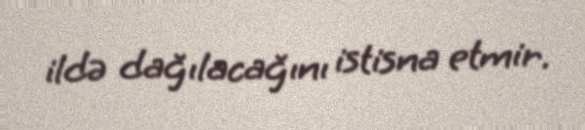
ildə dağılacağını istisna etmir.